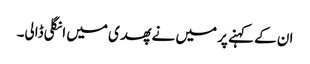
ان کے کہنے پر میں نے پھدی میں انگلی ڈالی۔